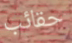
حقائب